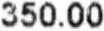
350.00